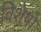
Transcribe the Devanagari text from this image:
विशेषो